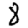
Digit: 8